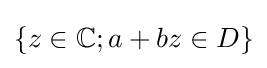
\{z\in \mathbb {C} ;a+bz\in D\}